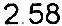
2.58